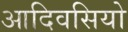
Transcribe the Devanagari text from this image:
आदिवसियो